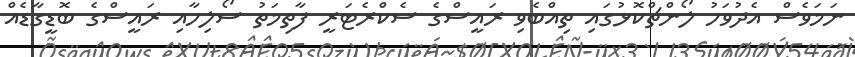
ނަމަވެސް އެދުވަހު ލޯންޗްކޮޅުގައި ތިއްބެވި ރައީސްގެ ސެކްރެޓަރީ ފާތިމަތު ސޯލިހާއި ރައީސްގެ ބޮޑީގާޑެއް